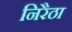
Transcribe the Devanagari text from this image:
निरैठा